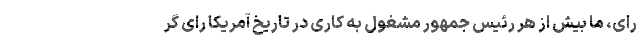
رای، ما بیش از هر رئیس جمهور مشغول به کاری در تاریخ آمریکا رای گر